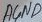
Text: AGND